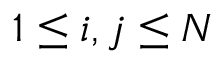
1 \leq i , j \leq N